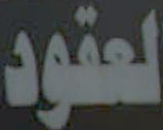
العقود